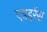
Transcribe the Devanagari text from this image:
एडहरेंस